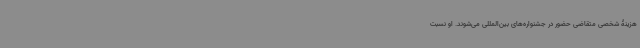
هزینۀ شخصی متقاضی حضور در جشنواره‌های بین‌المللی می‌شوند. او نسبت